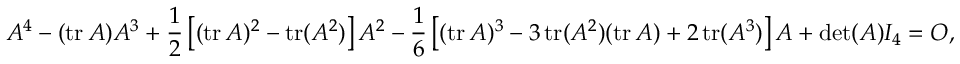
A ^ { 4 } - ( \operatorname { t r } A ) A ^ { 3 } + { \frac { 1 } { 2 } } \left[ ( \operatorname { t r } A ) ^ { 2 } - \operatorname { t r } ( A ^ { 2 } ) \right] A ^ { 2 } - { \frac { 1 } { 6 } } \left[ ( \operatorname { t r } A ) ^ { 3 } - 3 \operatorname { t r } ( A ^ { 2 } ) ( \operatorname { t r } A ) + 2 \operatorname { t r } ( A ^ { 3 } ) \right] A + \operatorname* { d e t } ( A ) I _ { 4 } = O ,